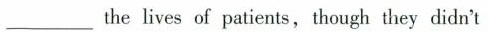
_the lives of patients,though they didn't